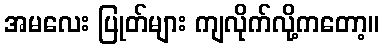
အမလေး ပြုတ်များ ကျလိုက်လို့ကတော့။